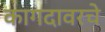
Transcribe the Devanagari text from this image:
कागदावरचे